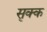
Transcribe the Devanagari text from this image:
सृक्क